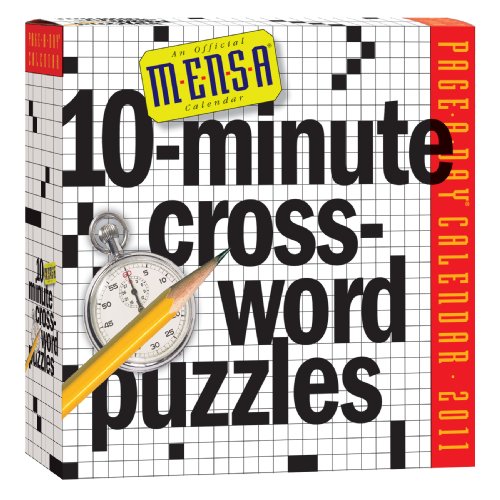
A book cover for Mensa 10-Minute Crossword Puzzles Calendar 2011; Fred Piscop; Calendars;